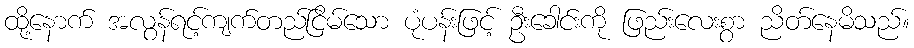
ထို့နောက် အလွန်ရင့်ကျက်တည်ငြိမ်သော ပုံပန်းဖြင့် ဦးခေါင်းကို ဖြည်းလေးစွာ ညိတ်နေမိသည်။